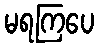
မရကြပေ